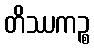
တိဿကဉ္စ